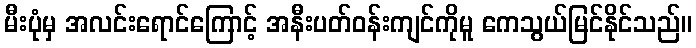
မီးပုံမှ အလင်းရောင်ကြောင့် အနီးပတ်ဝန်းကျင်ကိုမူ ကေသွယ်မြင်နိုင်သည်။